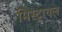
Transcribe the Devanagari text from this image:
मिस्ट्रायल